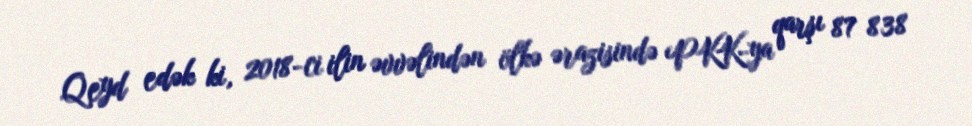
Qeyd edək ki, 2018-ci ilin əvvəlindən ölkə ərazisində PKK-ya qarşı 87 838